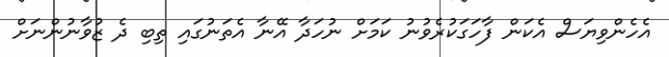
އެހެންވިޔަސް އެކަން ފާހަގަކުރެވުނު ކަމަށް ނުހަދާ އޭނާ އެތަނުގައި ތިބި ދެ ޒުވާނުންނަށް